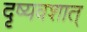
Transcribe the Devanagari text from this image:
दृष्यवशात्